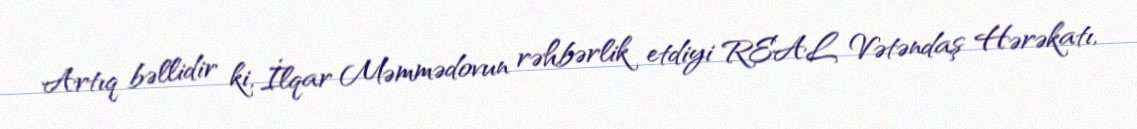
Artıq bəllidir ki, İlqar Məmmədovun rəhbərlik etdiyi REAL Vətəndaş Hərəkatı,